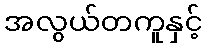
အလွယ်တကူနှင့်